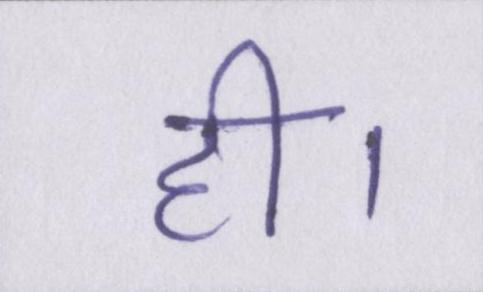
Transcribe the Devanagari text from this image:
ही।